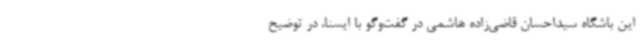
این باشگاه سیداحسان قاضی‌زاده هاشمی در گفت‌وگو با ایسنا، در توضیح